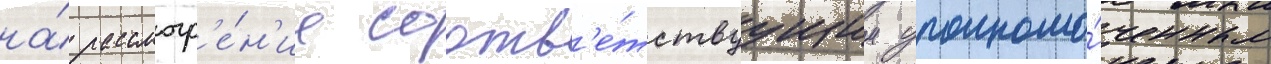
на́ рассмотр'е́н'ие соотв'е́тствуущим уполномо́ченным